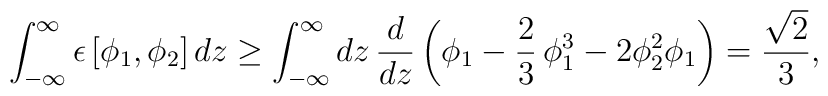
\int_{-\infty}^{\infty} \epsilon\left[\phi_1, \phi_2\right] dz \geq\int_{-\infty}^{\infty} dz \,\frac{d}{dz} \left({\phi_1}-\frac{2}{3}\,\phi_1^3 -2 \phi_2^2 \phi_1 \right) = \frac{\sqrt 2}{3},